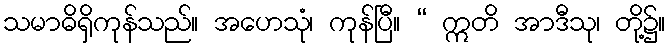
သမာဓိရှိကုန်သည်။ အဟေသုံ၊ ကုန်ပြီ။ “ ဣတိ အာဒီသု၊ တို့၌။